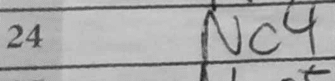
Transcription: Nc4